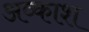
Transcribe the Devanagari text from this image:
अव्काश